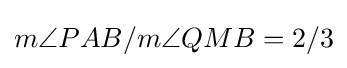
m\angle {PAB}/m\angle {QMB}=2/3